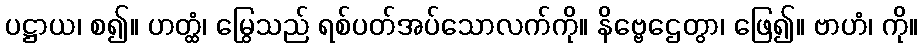
ပဋ္ဌာယ၊ စ၍။ ဟတ္ထံ၊ မြွေသည် ရစ်ပတ်အပ်သောလက်ကို။ နိဗ္ဗေဌေတွာ၊ ဖြေ၍။ ဗာဟံ၊ ကို။